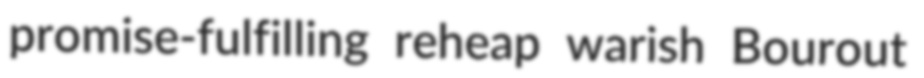
promise-fulfilling reheap warish Bourout